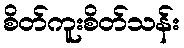
စိတ်ကူးစိတ်သန်း